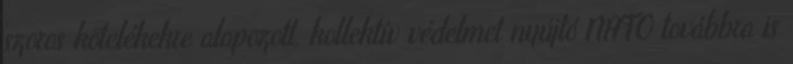
szoros kötelékekre alapozott, kollektív védelmet nyújtó NATO továbbra is